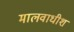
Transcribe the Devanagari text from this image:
मालवाधीश